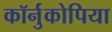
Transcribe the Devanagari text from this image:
कॉर्नुकोपिया